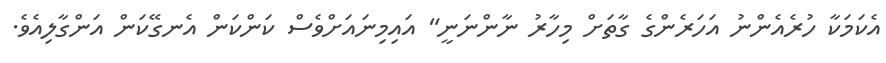
އެކަމަކާ ހުރެއެންނު އަހަރެންގެ ގާތަށް މިހާރު ނާންނަނީ" އައިމިނައަށްވެސް ކަންކަން އެނގޭކަން އަންގާލިއެވެ.